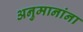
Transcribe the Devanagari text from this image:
अनुमानांना